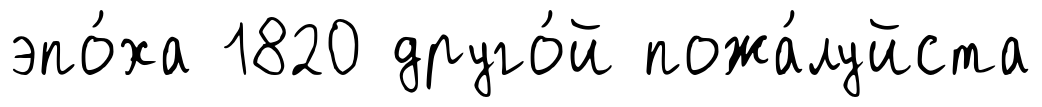
эпо́ха 1820 друго́й пожа́луйста